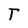
Character: T